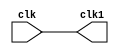
/*
*   Introduction to FPGA and Verilog
*
*   Viktor Prutyanov, 2019
*
*   Trivial module
*/

module lab00_test(
    input wire clk,

    output wire clk1
);

assign clk1 = clk;

endmodule